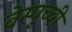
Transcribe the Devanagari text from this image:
वेस्पुच्ची